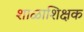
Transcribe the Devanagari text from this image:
शाळाशिक्षक